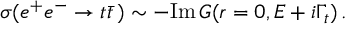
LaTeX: \sigma ( e ^ { + } e ^ { - } \to t \bar { t } \, ) \sim - \mathrm { I m } \, G ( r = 0 , E + i \Gamma _ { t } ) \, .